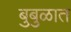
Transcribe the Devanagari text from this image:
बुबुळात